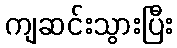
ကျဆင်းသွားပြီး